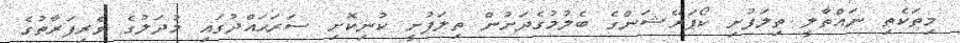
މިތަކެތި ނައްތާލީ ތިލަފުށި ކޯޕަރޭޝަންގެ ބެލުމުގެދަށުން ތިލަފުށީ ކުނިކޮށި ސަރަޙައްދުގައި މުދަލުގެ ވެރިފަރާތުގެ